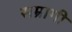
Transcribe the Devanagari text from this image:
सम्रागी